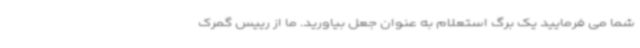
شما می فرمایید یک برگ استعلام به عنوان جعل بیاورید. ما از رییس گمرک